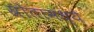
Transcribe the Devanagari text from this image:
स्रोतामध्ये